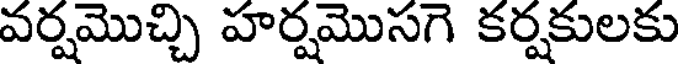
వర్షమొచ్చి హర్షమొసగె కర్షకులకు